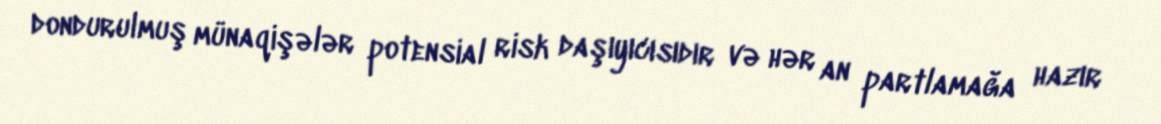
dondurulmuş münaqişələr potensial risk daşıyıcısıdır və hər an partlamağa hazır